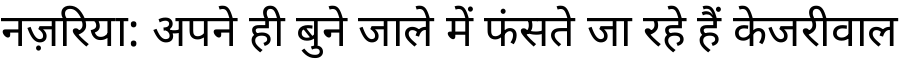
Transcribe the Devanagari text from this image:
नज़रिया: अपने ही बुने जाले में फंसते जा रहे हैं केजरीवाल